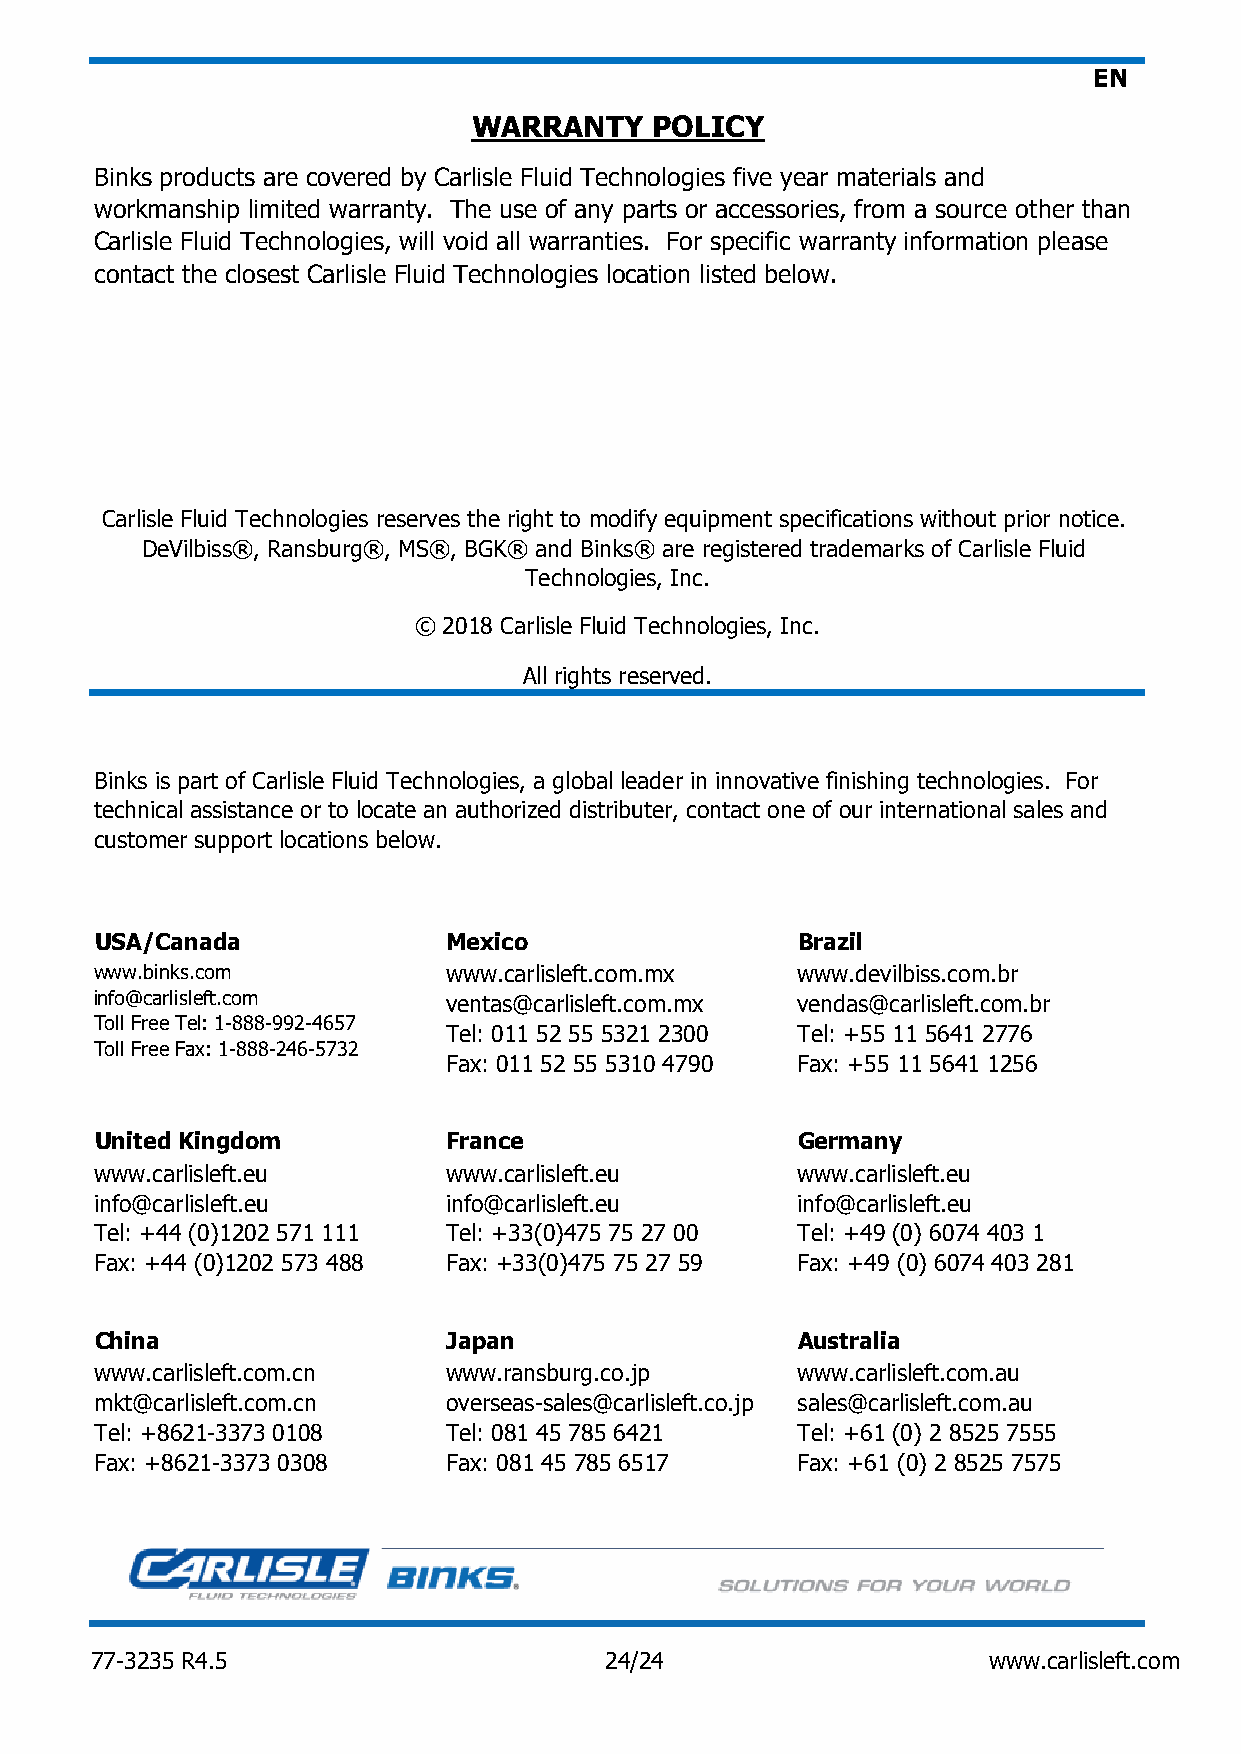
EN
 WARRANTY    POLICY
 Binks products are covered by Carlisle Fluid Technologies five year materials and
 workmanship limited warranty. The use of any parts or accessories, from a source other than
 Carlisle Fluid Technologies, will void all warranties. For specific warranty information please
 contact the closest Carlisle Fluid Technologies location listed below.
 Carlisle Fluid Technologies reserves the right to modify equipment specifications without prior notice.
 DeVilbiss®, Ransburg®, MS®, BGK® and Binks® are registered trademarks of Carlisle Fluid
 Technologies, Inc.
 © 2018 Carlisle Fluid Technologies, Inc.
 All rights reserved.
 Binks is part of Carlisle Fluid Technologies, a global leader in innovative finishing technologies. For
 technical assistance or to locate an authorized distributer, contact one of our international sales and
 customer support locations below.
 USA/Canada              Mexico                 Brazil
 www.binks.com          www.carlisleft.com.mx   www.devilbiss.com.br
 info@carlisleft.com    ventas@carlisleft.com.mx vendas@carlisleft.com.br
 Toll Free Tel: 1-888-992-4657
 Tel: 011 52 55 5321 2300 Tel: +55 11 5641 2776
 Toll Free Fax: 1-888-246-5732
 Fax: 011 52 55 5310 4790 Fax: +55 11 5641 1256
 United Kingdom          France                 Germany
 www.carlisleft.eu      www.carlisleft.eu       www.carlisleft.eu
 info@carlisleft.eu     info@carlisleft.eu      info@carlisleft.eu
 Tel: +44 (0)1202 571 111 Tel: +33(0)475 75 27 00 Tel: +49 (0) 6074 403 1
 Fax: +44 (0)1202 573 488 Fax: +33(0)475 75 27 59 Fax: +49 (0) 6074 403 281
 China                   Japan                  Australia
 www.carlisleft.com.cn  www.ransburg.co.jp      www.carlisleft.com.au
 mkt@carlisleft.com.cn  overseas-sales@carlisleft.co.jp sales@carlisleft.com.au
 Tel: +8621-3373 0108   Tel: 081 45 785 6421    Tel: +61 (0) 2 8525 7555
 Fax: +8621-3373 0308   Fax: 081 45 785 6517    Fax: +61 (0) 2 8525 7575
 77-3235 R4.5                      24/24                    www.carlisleft.com